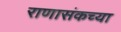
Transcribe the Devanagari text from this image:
राणासंकच्या